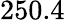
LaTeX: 250.4